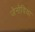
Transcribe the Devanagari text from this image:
जेनोविया